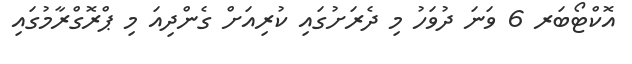
އޮކްޓޯބަރ 6 ވަނަ ދުވަހު މި ދެރަށުގައި ކުރިއަށް ގެންދިއަ މި ޕްރޮގްރާމުގައި